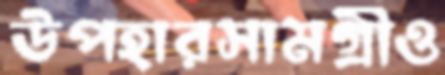
উপহারসামগ্রীও